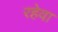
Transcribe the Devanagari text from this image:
रहेवा